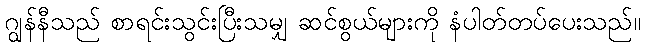
ဂျွန်နီသည် စာရင်းသွင်းပြီးသမျှ ဆင်စွယ်များကို နံပါတ်တပ်ပေးသည်။